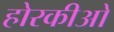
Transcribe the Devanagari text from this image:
होरकीओ